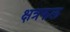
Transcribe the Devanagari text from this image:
क्षत्रफल